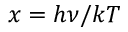
x = h \nu / k T